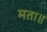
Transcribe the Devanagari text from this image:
मता॥